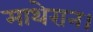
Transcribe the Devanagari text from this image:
माथेरान।